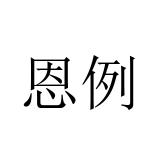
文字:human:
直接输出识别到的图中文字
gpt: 恩例